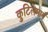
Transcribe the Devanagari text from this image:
कुटिलमार्ग